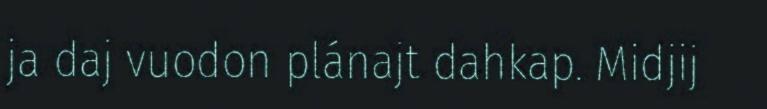
ja daj vuodon plánajt dahkap. Midjij